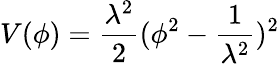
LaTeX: V(\phi)=\frac{\lambda^{2}}{2}(\phi^{2}-\frac{1}{\lambda^{2}})^{2}